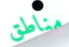
مناطق